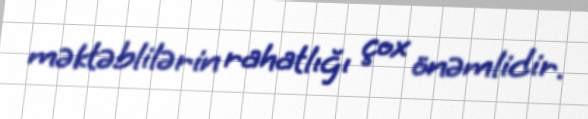
məktəblilərin rahatlığı çox önəmlidir.